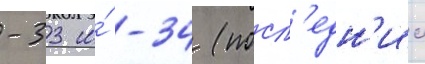
-33 и́ -34 (посл'едн'ии